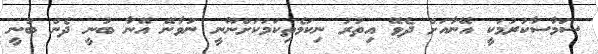
ސަމާސާކުރުމަކީ އޭނާއަށް ދެވޭ އިތުރު ނިކަމެތިކަމަކަށްނޫނީ ނުވާނޭ އޭނާ ބުނީ ދެން ބުނީ